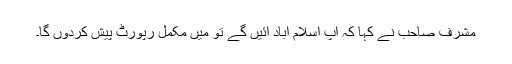
مشرف صاحب نے کہا کہ آپ اسلام آباد آئیں گے تو میں مکمل رپورٹ پیش کردوں گا۔